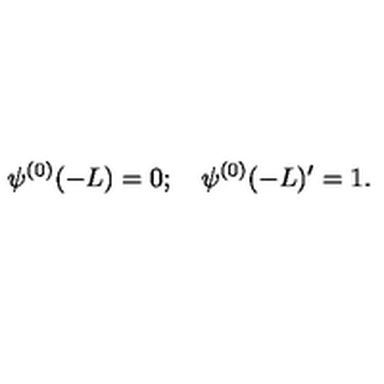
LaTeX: \psi ^ { ( 0 ) } ( - L ) = 0 ; \quad \psi ^ { ( 0 ) } ( - L ) ^ { \prime } = 1 .